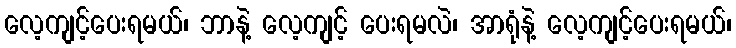
လေ့ကျင့်ပေးရမယ်၊ ဘာနဲ့ လေ့ကျင့် ပေးရမလဲ၊ အာရုံနဲ့ လေ့ကျင့်ပေးရမယ်၊